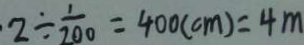
2 \div \frac { 1 } { 2 0 0 } = 4 0 0 ( c m ) = 4 m